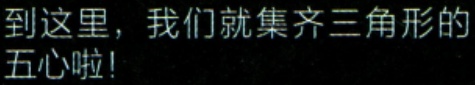
到这里，我们就集齐三角形的五心啦！